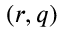
( r , q )